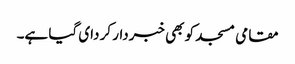
مقامی مسجد کو بھی خبردار کر دای گیا ہے۔